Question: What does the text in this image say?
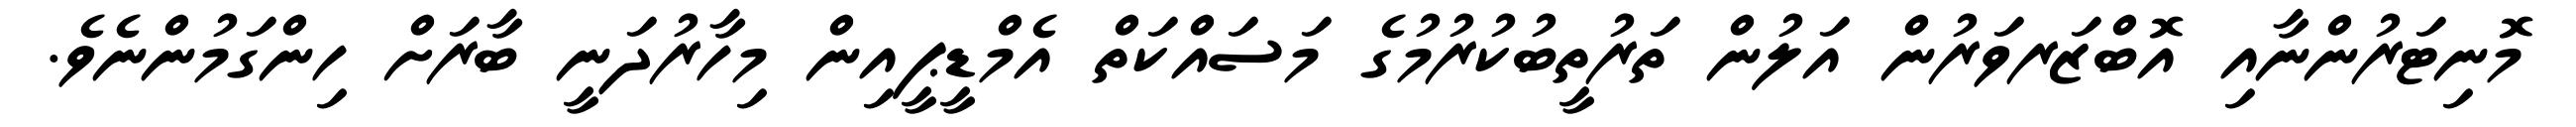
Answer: މޮނިޓަރުންނާއި އޮބްޒަރވަރުން އަލުން ތަރުތީބުކުރުމުގެ މަސައްކަތް އެމްޑީޕީއިން މިހާރުދަނީ ބާރަށް ހިންގަމުންނެވެ.